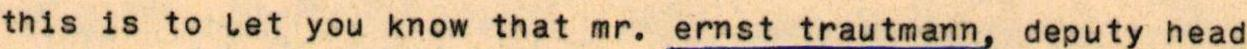
this is to let you know that mr. ernst trautmann, deputy head